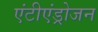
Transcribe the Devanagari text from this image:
एंटीएंड्रोजन